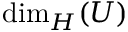
\dim _ { H } ( U )